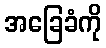
အခြေခံကို